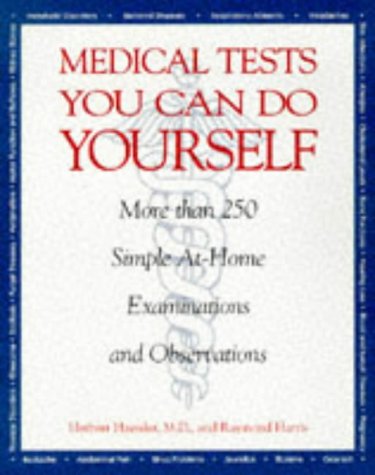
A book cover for Medical Tests You Can Do Yourself: More Than 250Procedures for Diagnosing Illnesses, Injuries, & Other Medical Simple, At-Home Examinations and Observations; Herbert Haessler; Health, Fitness & Dieting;